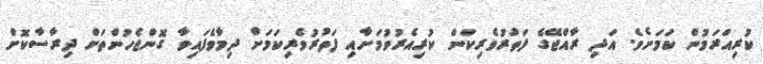
ކުރިއަރަމުން ކަމަށެވެ. އަދި ރާއްޖޭގެ ފަތުރުވެރިކަން ކުރިއެރުވުމަށާއި ފަތުރުވެރިކަމަށް ދިމާވެފައިވާ ގޮންޖެހުންތަށް ދިރާސާކޮށް